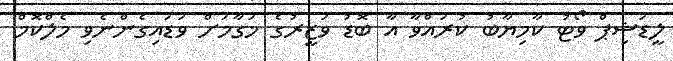
ލީޑަޝިޕް ވޯޓު ކާމިޔާބު ކުރައްވާ އާ ބޮޑު ވަޒީރުގެ މަގާމަށް ވަޑައިގެންނެވި މެލްކޮމް